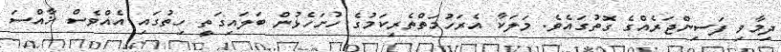
ދިމާވި ފަސިންޖަރެއްގެ ގޮތުގައެވެ. މަލަކާ އެރަހުމަތްތެރިކަމުގެ ހުށަހެޅުން ބަލައިގަތީ ހިތުގައި އެއްވެސް ޚާއްސަ